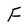
Character: F